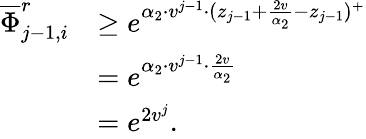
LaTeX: \begin{array}{rl}{\overline{{\Phi}}_{j-1,i}^{r}}&{\geq e^{\alpha_{2}\cdot v^{j-1}\cdot(z_{j-1}+\frac{2v}{\alpha_{2}}-z_{j-1})^{+}}}\\ &{=e^{\alpha_{2}\cdot v^{j-1}\cdot\frac{2v}{\alpha_{2}}}}\\ &{=e^{2v^{j}}.}\end{array}